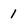
Character: 1